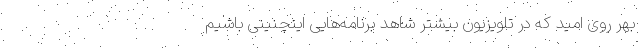
بهر روی امید که در تلویزیون بیشتر شاهد برنامه‌هایی اینچنینی باشیم